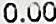
0.00